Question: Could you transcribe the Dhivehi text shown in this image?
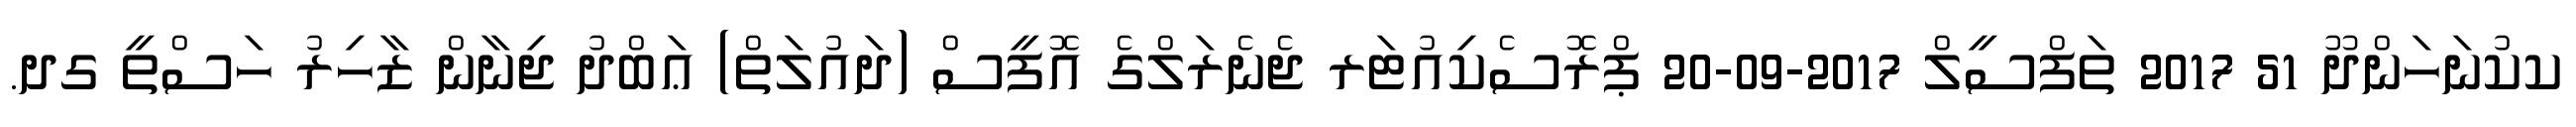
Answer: ކކުނަހަންދޫ 51 2017 ތަފްސީލް 2017-09-20 ޕްރޮސެކިއުޓަރ ޖެނެރަލްގެ އޮފީސް (ދައުލަތް) ޢަބްދު ޖިނާން ޒާހިރު ހަސްތީ ގދ.